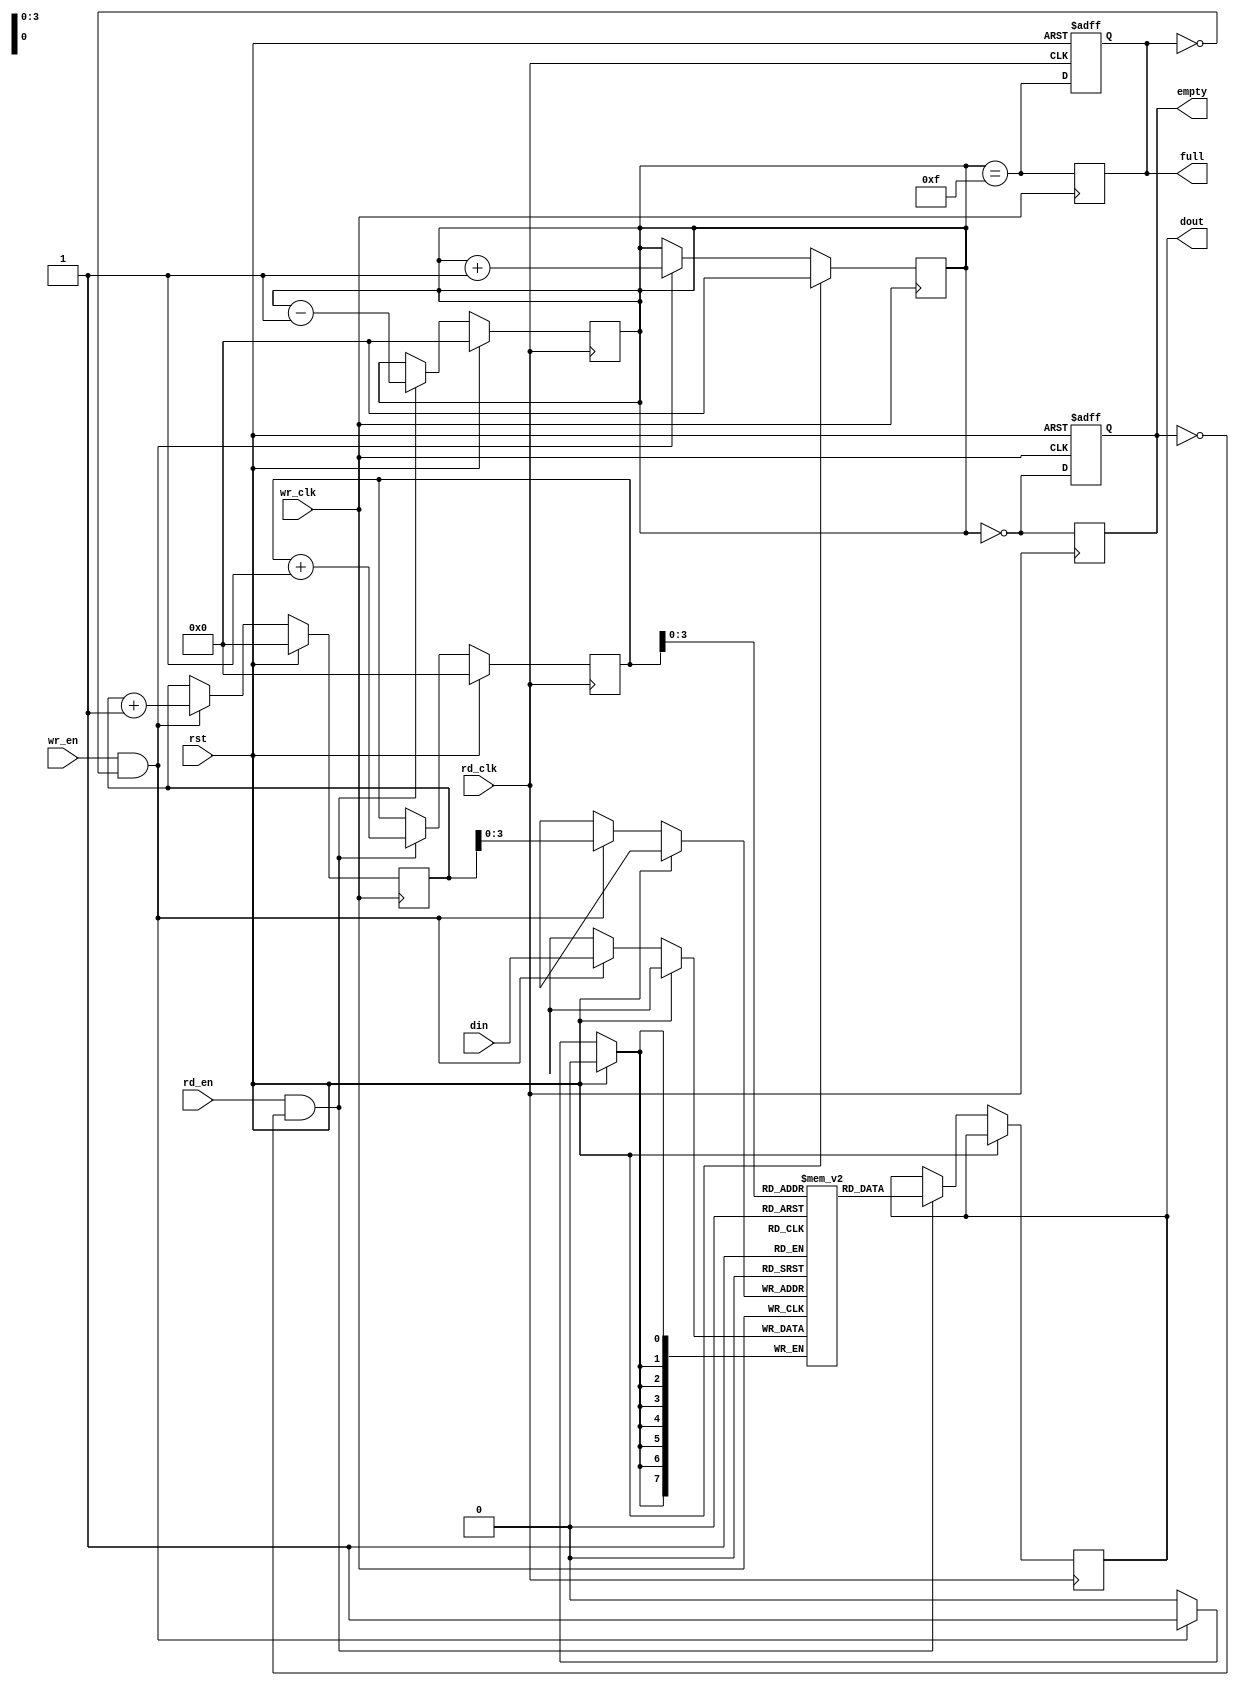
module dual_clock_fifo #(
    parameter DATA_WIDTH = 8,  // Width of the data
    parameter FIFO_DEPTH = 16   // Depth of the FIFO (must be a power of 2)
)(
    input wire wr_clk,           // Write clock
    input wire rd_clk,           // Read clock
    input wire rst,              // Synchronous reset
    input wire wr_en,            // Write enable
    input wire rd_en,            // Read enable
    input wire [DATA_WIDTH-1:0] din, // Data input
    output reg [DATA_WIDTH-1:0] dout, // Data output
    output reg full,             // FIFO full flag
    output reg empty             // FIFO empty flag
);

    // Internal signals
    reg [DATA_WIDTH-1:0] fifo_mem [0:FIFO_DEPTH-1]; // FIFO memory
    reg [4:0] wr_ptr;          // Write pointer
    reg [4:0] rd_ptr;          // Read pointer
    reg [4:0] count;           // Number of entries in the FIFO

    // Write operation
    always @(posedge wr_clk) begin
        if (rst) begin
            wr_ptr <= 0;
            count <= 0;
            full <= 0;
        end else if (wr_en && !full) begin
            fifo_mem[wr_ptr] <= din; // Write data
            wr_ptr <= wr_ptr + 1;    // Increment write pointer
            count <= count + 1;      // Increment count
        end
        // Update full flag
        full <= (count == (FIFO_DEPTH - 1));
    end

    // Read operation
    always @(posedge rd_clk) begin
        if (rst) begin
            rd_ptr <= 0;
            count <= 0;
            empty <= 1;
        end else if (rd_en && !empty) begin
            dout <= fifo_mem[rd_ptr]; // Read data
            rd_ptr <= rd_ptr + 1;     // Increment read pointer
            count <= count - 1;       // Decrement count
        end
        // Update empty flag
        empty <= (count == 0);
    end

    // Synchronization for empty and full flags
    always @(posedge wr_clk or posedge rst) begin
        if (rst) begin
            empty <= 1;
        end else begin
            empty <= (count == 0);
        end
    end

    always @(posedge rd_clk or posedge rst) begin
        if (rst) begin
            full <= 0;
        end else begin
            full <= (count == (FIFO_DEPTH - 1));
        end
    end

endmodule